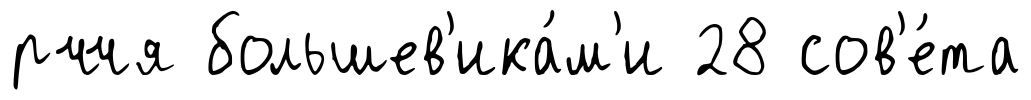
рччя большев'ика́м'и 28 сов'е́та